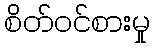
စိတ်ဝင်စားမှု